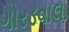
ગોરડવાલા